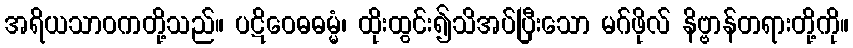
အရိယသာဝကတို့သည်။ ပဋိဝေဓဓမ္မံ၊ ထိုးထွင်း၍သိအပ်ပြီးသော မဂ်ဖိုလ် နိဗ္ဗာန်တရားတို့ကို။